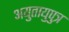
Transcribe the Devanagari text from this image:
अयुतायुपुत्र